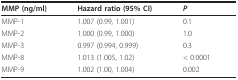
| MMP (ng/ml) | Hazard ratio (95% CI) | P |
 | --- | --- | --- |
 | MMP-1 | 1.007 (0.99, 1.001) | 0.1 |
 | MMP-2 | 1.000 (0.99, 1.000) | 1.0 |
 | MMP-3 | 0.997 (0.994, 0.999) | 0.3 |
 | MMP-8 | 1.013 (1.005, 1.02) | < 0.0001 |
 | MMP-9 | 1.002 (1.00, 1.004) | 0.002 |